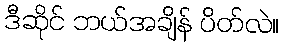
ဒီဆိုင် ဘယ်အချိန် ပိတ်လဲ။